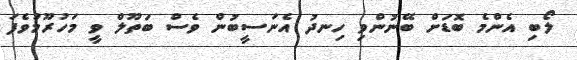
ލޯބި އެންމެ ބޮޑަށް ބޭނުންވި ހިނދު އެނަސީބުން ވެސް ބަތޫލް ވީ މަހުރޫމުވެފަ